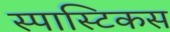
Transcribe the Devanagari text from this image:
स्पास्टिकस